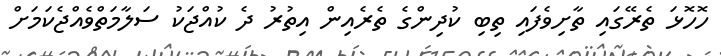
ހޮހޮޅަ ތެރޭގައި ތާށިވެފައި ތިބި ކުދިންގެ ތެރެއިން އިތުރު ދެ ކުއްޖަކު ސަލާމަތްވެއްޖެކަމަށް